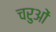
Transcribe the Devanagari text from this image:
चरुओं